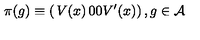
\pi ( g ) \equiv \left( \begin{matrix} { V ( x ) } & { 0 } \\ { 0 } & { V ^ { \prime } ( x ) } \\ \end{matrix} \right) , g \in { \cal A }